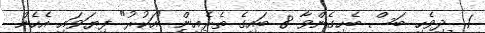
1. ދިވެހި ބަސް ބެހިގެންވާ 8 ބައިގެ ތެރެއިން "އަކުރު" ފިޔަވައި އެހެން